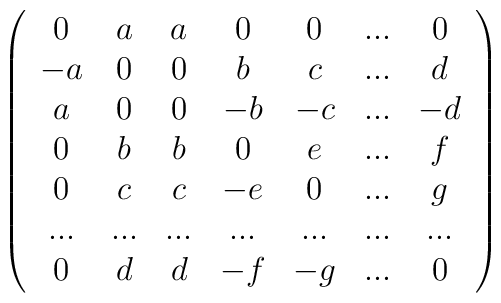
\left( \begin{array}{ccccccc}0 & a & a & 0 & 0 & ... & 0 \\ -a & 0 & 0 & b & c & ... & d \\ a & 0 & 0 & -b & -c & ... & -d \\ 0 & b & b & 0 & e & ... & f \\ 0 & c & c & -e & 0 & ... & g \\ ... & ... & ... & ... & ... & ... & ... \\ 0 & d & d & -f & -g & ... & 0\end{array}\right)